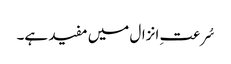
سُرعتِ انزال میں مفید ہے۔